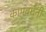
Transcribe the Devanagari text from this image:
कामवर्धनी